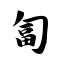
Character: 匐